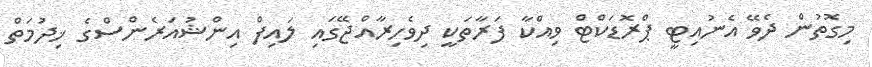
މިގޮތުން ދެވޭ އެނުއިޓީ ޕްރޮޑަކްޓް ވިއްކާ ފަރާތަކީ ދިވެހިރާއްޖޭގައި ލައިފް އިންޝުއަރެންސްގެ ޚިދުމަތް